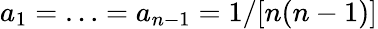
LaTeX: a_{1}=\ldots=a_{n-1}=1/[n(n-1)]